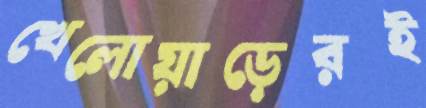
খেলোয়াড়েরই